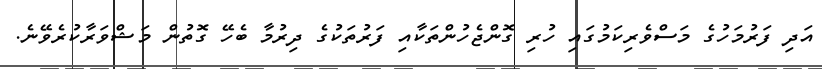
އަދި ފަރުމަހުގެ މަސްވެރިކަމުގައި ހުރި ގޮންޖެހުންތަކާއި ފަރުތަކުގެ ދިރުމާ ބެހޭ ގޮތުން މަޝްވަރާކުރެވޭނެ.